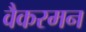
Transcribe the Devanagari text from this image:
वैकरमन